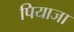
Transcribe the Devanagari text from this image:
पियाजा